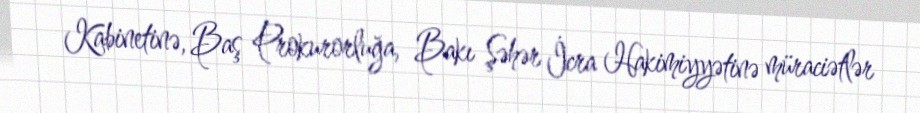
Kabinetinə, Baş Prokurorluğa, Bakı Şəhər İcra Hakimiyyətinə müraciətlər